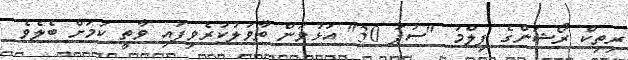
ރިތިކް ރޯޝަންގެ ފިލްމު "ސުޕަ 30" އަޅުވަން ތާވަލުކުރެވިފައި ވާތީ ކަމަށް ބެލެވެ